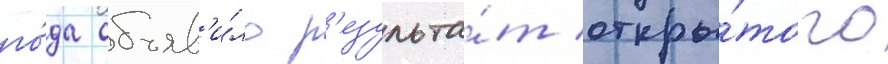
го́да объяв'и́ло р'езульта́т откры́того